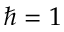
\hbar = 1